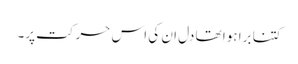
کتنا برا ہوا تھا دل ان کی اس حرکت پر۔